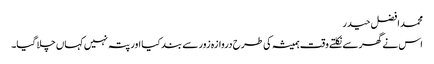
محمد افضل حیدر
اس نے گھر سے نکلتے وقت ہمیشہ کی طرح دروازہ زور سے بند کیا اور پتہ نہیں کہاں چلا گیا۔